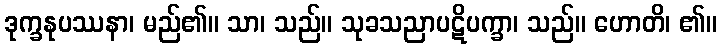
ဒုက္ခနုပဿနာ၊ မည်၏။ သာ၊ သည်။ သုခသညာပဋိပက္ခာ၊ သည်။ ဟောတိ၊ ၏။